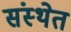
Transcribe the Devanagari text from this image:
संस्‍थेत